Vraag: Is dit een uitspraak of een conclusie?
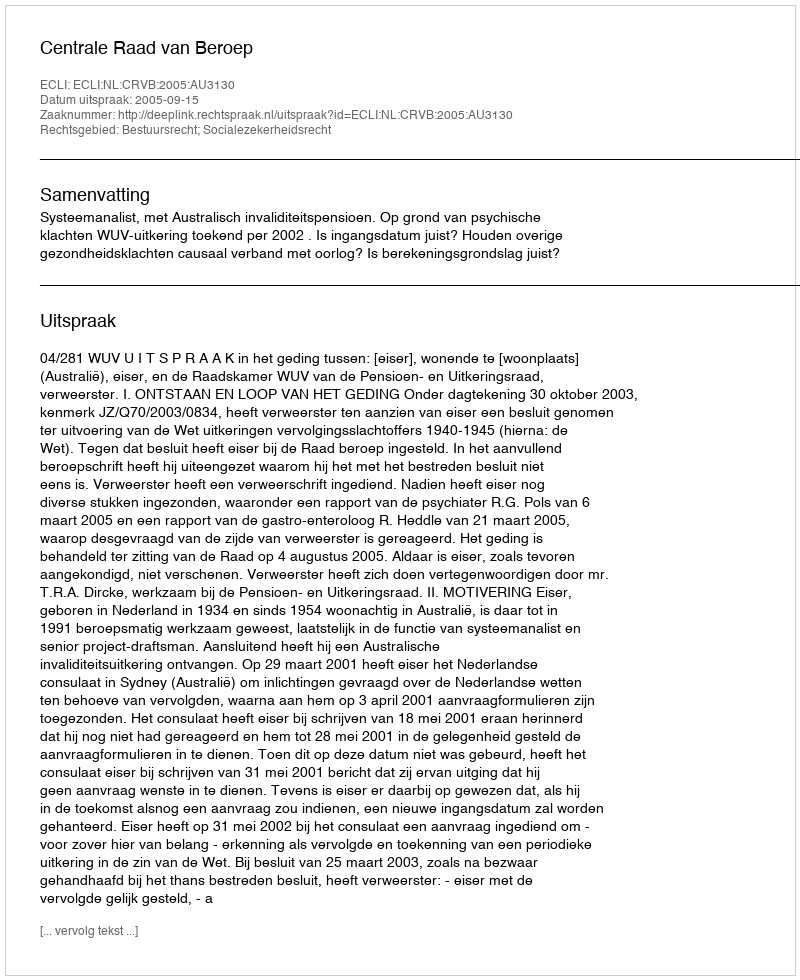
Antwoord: Uitspraak